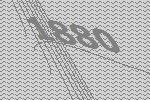
1880